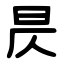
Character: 昃